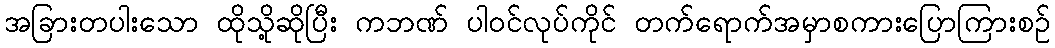
အခြားတပါးသော ထိုသို့ဆိုပြီး ကဘဏ် ပါဝင်လုပ်ကိုင် တက်ရောက်အမှာစကားပြောကြားစဉ်